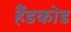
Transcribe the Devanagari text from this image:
हैंडकोड